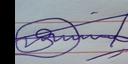
Signature authenticity: genuine